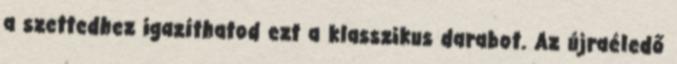
a szettedhez igazíthatod ezt a klasszikus darabot. Az újraéledő